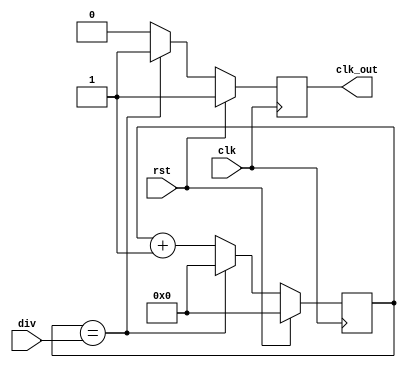
`timescale 1ns / 1ps
`default_nettype none

module clk_div(clk, rst, div, clk_out);
    input  wire clk;
    input  wire rst;
    input  wire [15:0] div;
    output wire clk_out;

    reg [15:0] counter;
    reg clk_out_reg;

    assign clk_out = clk_out_reg;

    always @(posedge clk) begin
        if (rst == 1'b1) begin
            counter <= 0;
            clk_out_reg <= 1;
        end else begin
            if (counter == div) begin
                counter <= 0;
                clk_out_reg <= 1;
            end else begin
                counter <= counter + 1'b1;
                clk_out_reg <= 0;
            end
        end
    end
endmodule